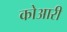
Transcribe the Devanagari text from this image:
कोआरी